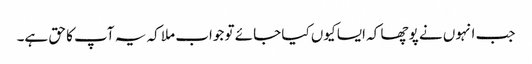
جب انہوں نے پوچھا کہ ایسا کیوں کیا جائے تو جواب ملا کہ یہ آپ کا حق ہے۔